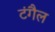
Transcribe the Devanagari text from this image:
टंगैल